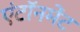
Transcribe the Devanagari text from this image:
एंटॉनमेंट